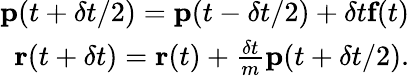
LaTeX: \begin{array}{r}{\textbf{p}(t+\delta t/2)=\textbf{p}(t-\delta t/2)+\delta t\textbf{f}(t)}\\ {\textbf{r}(t+\delta t)=\textbf{r}(t)+\frac{\delta t}{m}\textbf{p}(t+\delta t/2).}\end{array}